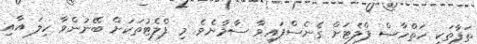
ތަފާތަކީ ހަތްހާސް ފްލެޓަށް ގެނެސްފައިވާ ސާމާނެވެ. މި ފްލެޓުތަކަށް ބޭނުންވާ ހިލަ އާއި